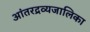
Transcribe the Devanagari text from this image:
आंतरद्रव्यजालिका